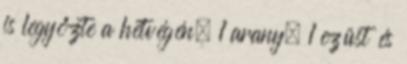
is legyőzte a hétvégén. 1 arany, 1 ezüst és